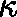
\boldmath { \kappa }